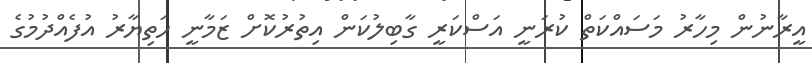
އީރާނުން މިހާރު މަސައްކަތް ކުރަނީ އަސްކަރީ ގާބިލުކަން އިތުރުކޮށް ޒަމާނީ ހަތިޔާރު އުފެއްދުމުގެ